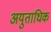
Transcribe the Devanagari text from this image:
अयुताधिक